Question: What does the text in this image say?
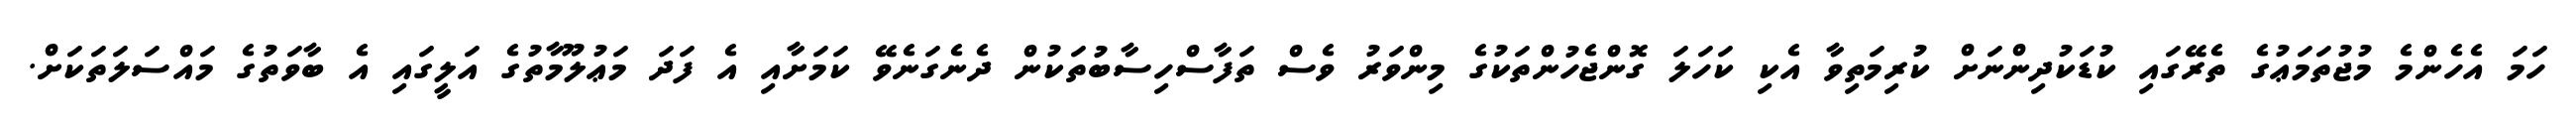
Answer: ހަމަ އެހެންމެ މުޖުތަމަޢުގެ ތެރޭގައި ކުޑަކުދިންނަށް ކުރިމަތިވާ އެކި ކަހަލަ ގޮންޖެހުންތަކުގެ މިންވަރު ވެސް ތަފާސްހިސާބުތަކުން ދެނެގަނެވޭ ކަމަށާއި އެ ފަދަ މަޢުލޫމާތުގެ އަލީގައި އެ ބާވަތުގެ މައްސަލަތަކަށް.